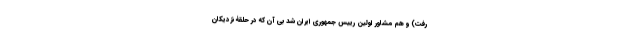
رفت) و هم مشاور اولین رییس جمهوری ایران شد بی آن که در حلقۀ نزدیکان